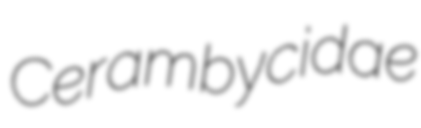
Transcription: Cerambycidae